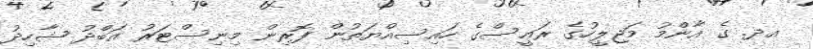
އދ. ގެ އާންމު މަޖިލީހުގެ ރައީސްގެ ހައިސިއްޔަތުން ފޮރިން މިނިސްޓަރު އަބްދު ޝާހިދު